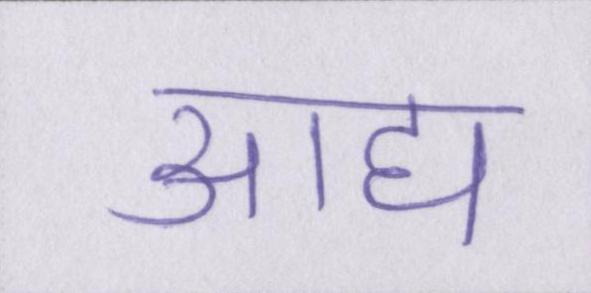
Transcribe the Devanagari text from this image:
आद्य